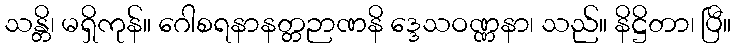
သန္တိ၊ မရှိကုန်။ ဂေါစရနာနတ္တဉာဏနိ ဒ္ဒေသဝဏ္ဏနာ၊ သည်။ နိဋ္ဌိတာ၊ ပြီ။